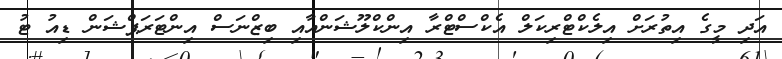
އަދި މީގެ އިތުރަށް އިލެކްޓްރިކަލް އެކްސްޓްރާ އިންކްލޫޝަންއާއި ބިޒްނަސް އިންޓަރަޕްޝަން ޑިއު ޓު